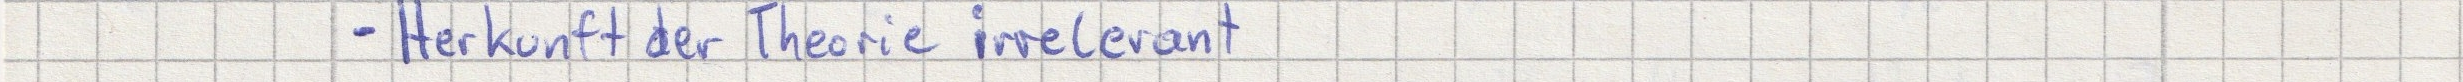
- Herkunft der Theorie irrelevant